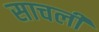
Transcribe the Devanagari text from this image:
साचली